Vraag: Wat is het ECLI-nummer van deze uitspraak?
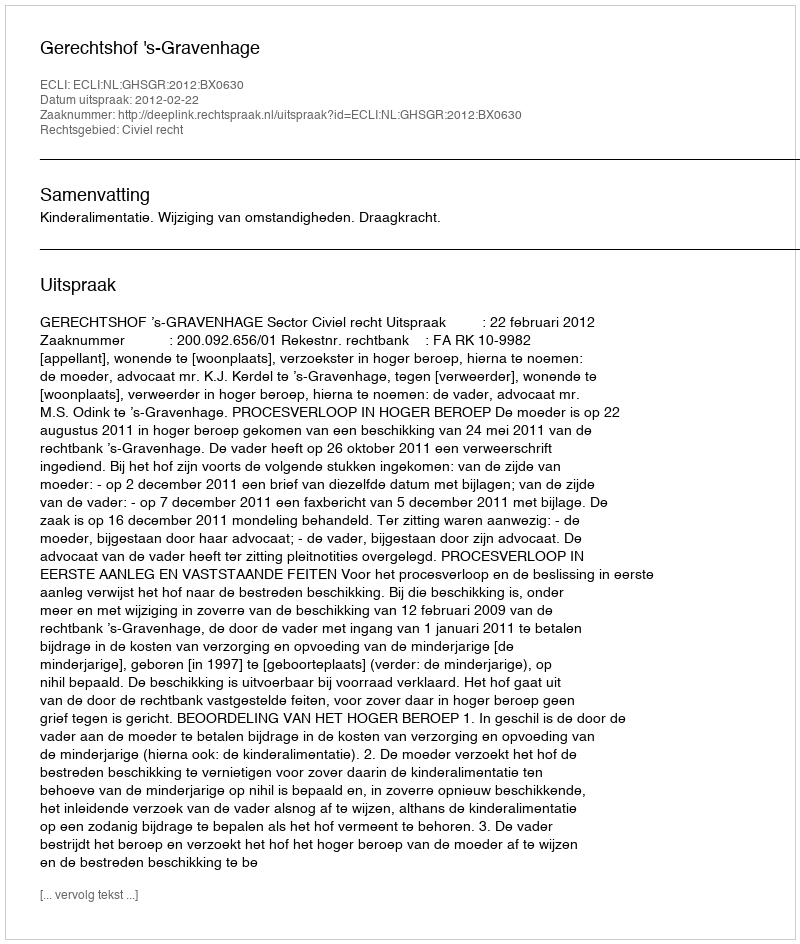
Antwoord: ECLI:NL:GHSGR:2012:BX0630